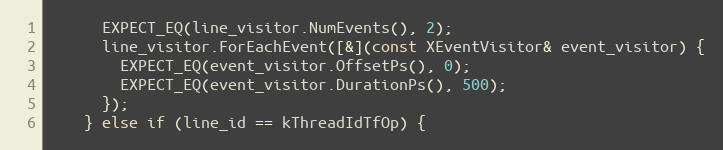
Language: C++
      EXPECT_EQ(line_visitor.NumEvents(), 2);
      line_visitor.ForEachEvent([&](const XEventVisitor& event_visitor) {
        EXPECT_EQ(event_visitor.OffsetPs(), 0);
        EXPECT_EQ(event_visitor.DurationPs(), 500);
      });
    } else if (line_id == kThreadIdTfOp) {